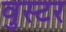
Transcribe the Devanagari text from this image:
वुस्टर